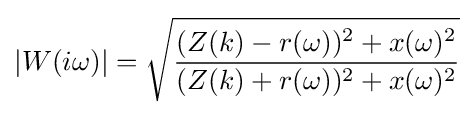
\left|W(i\omega )\right|={\sqrt {\dfrac {(Z(k)-r(\omega ))^{2}+x(\omega )^{2}}{(Z(k)+r(\omega ))^{2}+x(\omega )^{2}}}}